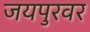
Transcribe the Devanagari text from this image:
जयपुरवर